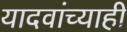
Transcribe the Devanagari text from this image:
यादवांच्याही